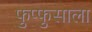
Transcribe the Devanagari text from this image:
फुप्फुसाला